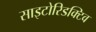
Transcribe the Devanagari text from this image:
साइटोरिडक्टिव